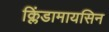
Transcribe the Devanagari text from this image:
क्लिंडामायसिन